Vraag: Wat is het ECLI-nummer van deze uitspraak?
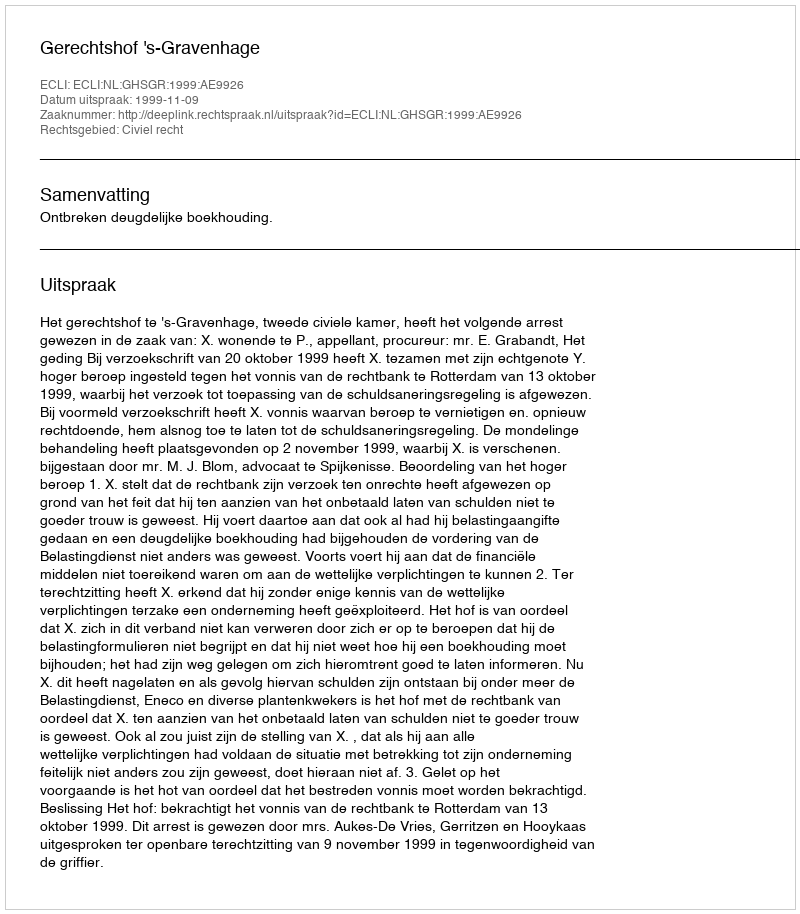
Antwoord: ECLI:NL:GHSGR:1999:AE9926